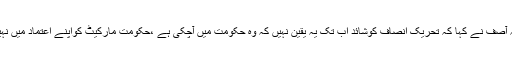
اے آر وائی نیوز کے پروگرام ”آف دی ریکارڈ“میں گفتگو کرتے ہوئے خواجہ آصف نے کہا کہ تحریک انصاف کوشائد اب تک یہ یقین نہیں کہ وہ حکومت میں آچکی ہے ،حکومت مارکیٹ کواپنے اعتماد میں نہیں لے سکی، تحریک انصاف کارویہ اپوزیشن والاہے اور زبان بھی وہی ہے ۔